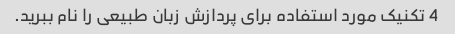
4 تکنیک مورد استفاده برای پردازش زبان طبیعی را نام ببرید.